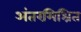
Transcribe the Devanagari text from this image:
अंतरमिश्रित